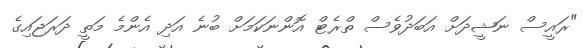
"ރައީސް ނަޝީދަށް އަބަދުވެސް ތްރެޓް އޮންނަކަމަށް ބުނެ އަދި އެންމެ މަތީ ދަރަޖައިގެ